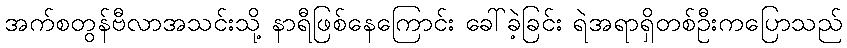
အက်စတွန်ဗီလာအသင်းသို့ နာရီဖြစ်နေကြောင်း ခေါ်ခဲ့ခြင်း ရဲအရာရှိတစ်ဦးကပြောသည်